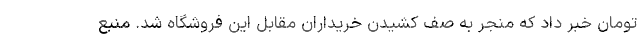
تومان خبر داد که منجر به صف کشیدن خریداران مقابل این فروشگاه شد. منبع